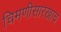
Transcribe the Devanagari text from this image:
चिमणीसारखाच